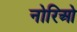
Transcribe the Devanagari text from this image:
नोरिओ